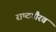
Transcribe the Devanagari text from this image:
राष्‍टगौरव